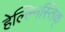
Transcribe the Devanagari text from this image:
हेल्ल्निस्तिक्